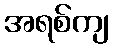
အရစ်ကျ